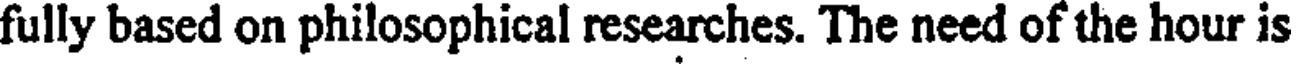
fully based on philosophical researches. The need of the hour is